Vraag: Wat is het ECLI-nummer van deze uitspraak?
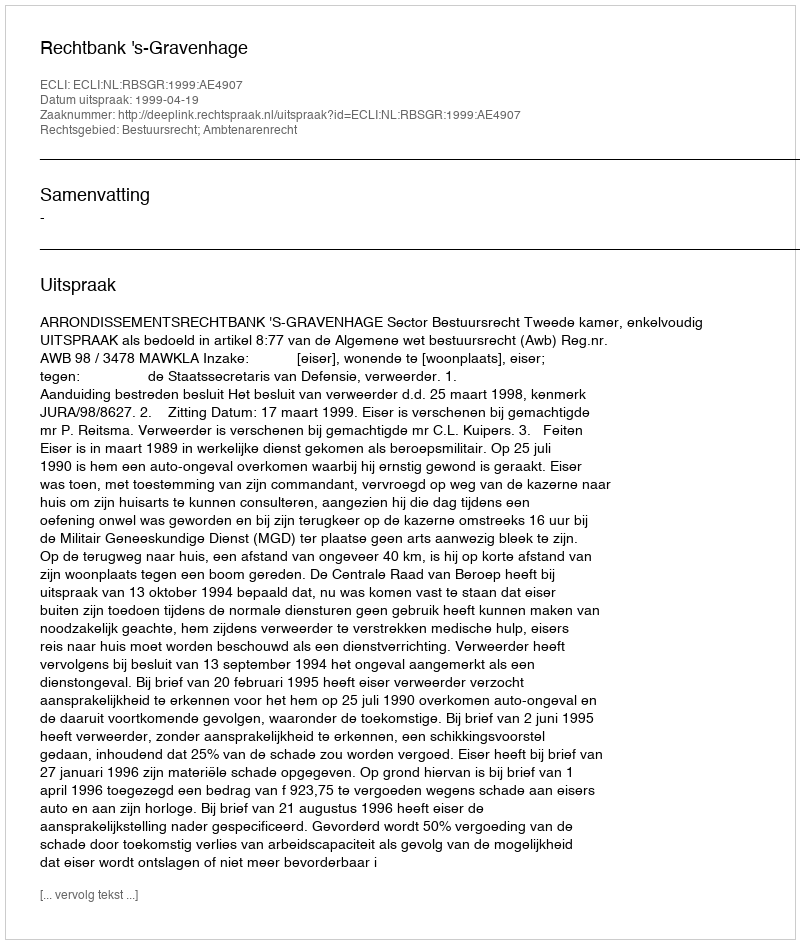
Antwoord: ECLI:NL:RBSGR:1999:AE4907